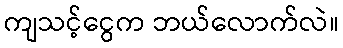
ကျသင့်ငွေက ဘယ်လောက်လဲ။